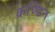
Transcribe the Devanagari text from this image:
कण्डिन